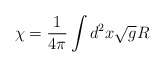
\begin{align*}\chi=\frac{1}{4\pi}\int d^2x\sqrt{g}R\end{align*}